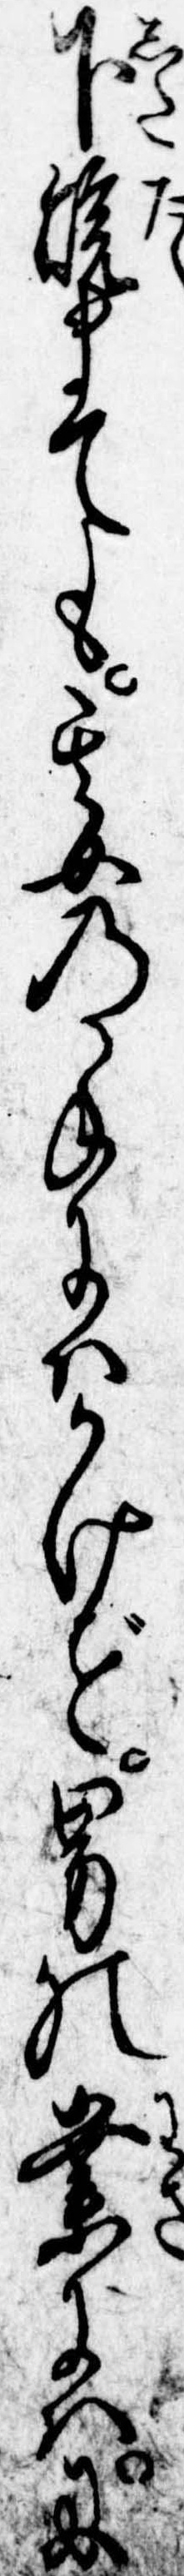
下焼まても其女の手にはかけず男の業にはに